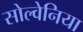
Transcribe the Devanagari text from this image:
सोल्वेनिया